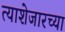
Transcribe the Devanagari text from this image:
त्याशेजारच्या